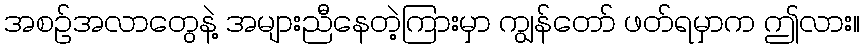
အစဉ်အလာတွေနဲ့ အများညီနေတဲ့ကြားမှာ ကျွန်တော် ဖတ်ရမှာက ဤလား။